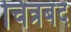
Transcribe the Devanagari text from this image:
चित्रबंद